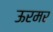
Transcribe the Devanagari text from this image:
ऊरमर